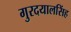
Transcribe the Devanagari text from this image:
गुरदयालसिंह